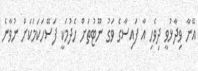
އޭނާ ވިދާޅުވީ ދިވެހި އާ ފައިސާގެ ވަގު ނޫޓުތަށް ހެދުމަކީ ފަސޭހަކަމަކަށް ނުވާނެ